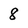
Character: 8